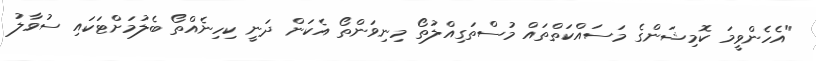
"އެހެންވީމަ ކޮމިޝަންގެ މަސައްކަތްތައް މުސްތަގިއްލުތޯ މިނިވަންތޯ އެކަން ދަނީ ކިހިނެއްތޯ ބެލުމަށްޓަކައި ސުވާލު